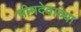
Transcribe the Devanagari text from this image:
भीमदेवाच्या